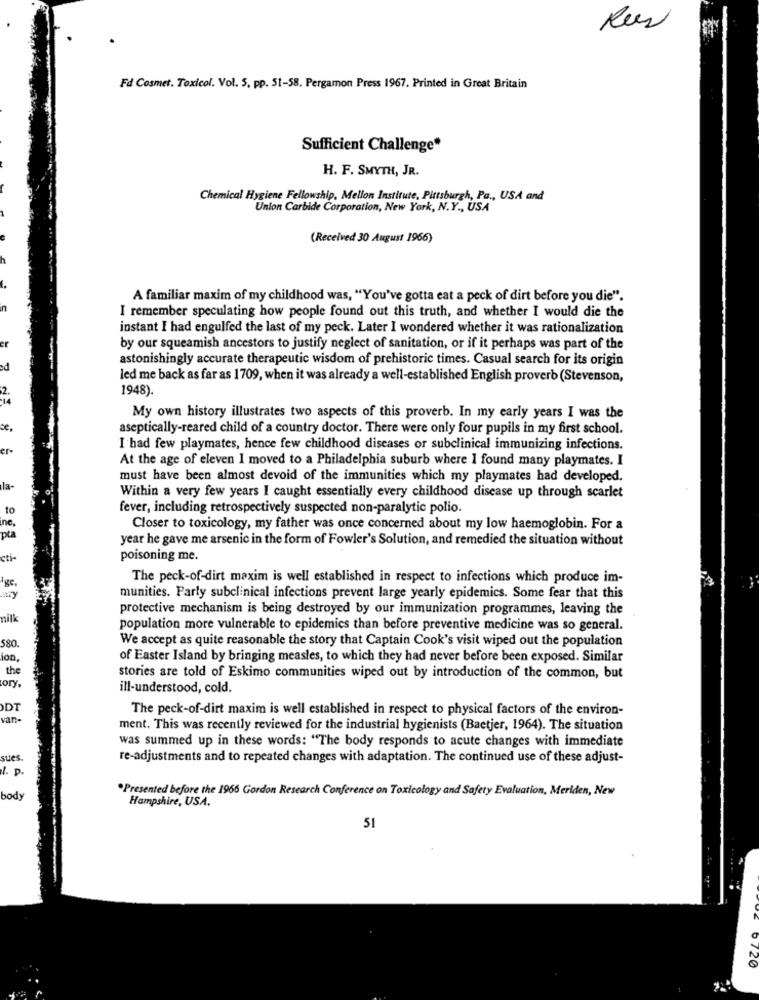
Rus
Fd Cosmet. Toxicol. Vol. 5, pp. 51-58. Pergamon Press 1967. Printed in Great Britain
Sufficient Challenge*
H. F. SMYTH, JR.
Chemical Hygiene Fellowship, Mellon Institute, Pittsburgh, Pa ., USA and
Union Carbide Corporation, New York, N.Y ., USA
(Received 30 August 1966)
A familiar maxim of my childhood was, "You've gotta eat a peck of dirt before you die".
I remember speculating how people found out this truth, and whether I would die the
instant I had engulfed the last of my peck. Later I wondered whether it was rationalization
er
by our squeamish ancestors to justify neglect of sanitation, or if it perhaps was part of the
astonishingly accurate therapeutic wisdom of prehistoric times. Casual search for its origin
ed
led me back as far as 1709, when it was already a well-established English proverb (Stevenson,
1948).
My own history illustrates two aspects of this proverb. In my early years I was the
se,
aseptically-reared child of a country doctor. There were only four pupils in my first school.
er-
I had few playmates, hence few childhood diseases or subclinical immunizing infections.
At the age of eleven I moved to a Philadelphia suburb where I found many playmates. I
must have been almost devoid of the immunities which my playmates had developed.
la-
Within a very few years I caught essentially every childhood disease up through scarlet
to
fever, including retrospectively suspected non-paralytic polio.
inc,
Closer to toxicology, my father was once concerned about my low haemoglobin. For a
year he gave me arsenic in the form of Fowler's Solution, and remedied the situation without
cti-
poisoning me.
age,
The peck-of-dirt maxim is well established in respect to infections which produce im-
munities. Parly subclinical infections prevent large yearly epidemics. Some fear that this
protective mechanism is being destroyed by our immunization programmes, leaving the
nilk
population more vulnerable to epidemics than before preventive medicine was so general.
We accept as quite reasonable the story that Captain Cook's visit wiped out the population
580.
ion.
of Easter Island by bringing measles, to which they had never before been exposed. Similar
the
ory.
stories are told of Eskimo communities wiped out by introduction of the common, but
ill-understood, cold.
DT
The peck-of-dirt maxim is well established in respect to physical factors of the environ-
van-
ment. This was recently reviewed for the industrial hygienists (Baetjer, 1964). The situation
was summed up in these words: "The body responds to acute changes with immediate
sues.
re-adjustments and to repeated changes with adaptation. The continued use of these adjust-
l. p.
.Presented before the 1965 Gordon Research Conference on Toxicology and Safety Evaluation, Meriden, New
body
Hampshire, USA.
51